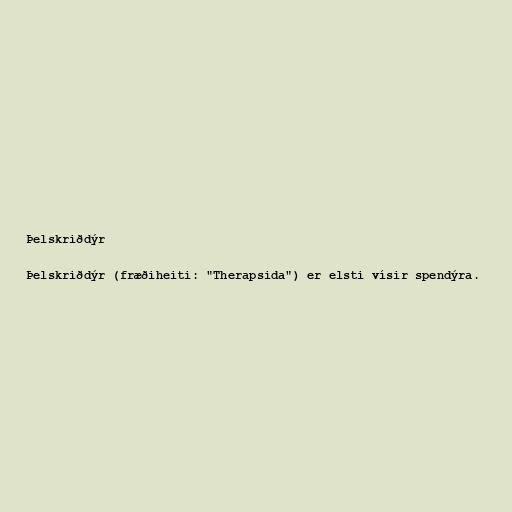
Þelskriðdýr

Þelskriðdýr (fræðiheiti: "Therapsida") er elsti vísir spendýra.